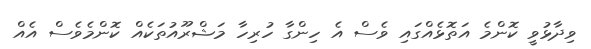
ވިދާޅުވީ ކޮންމެ އަތޮޅެއްގައި ވެސް އެ ހިންގާ ހުރިހާ މަޝްރޫއުތަކެއް ކޮންމެވެސް އެއް